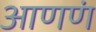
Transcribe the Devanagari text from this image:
आणणं